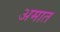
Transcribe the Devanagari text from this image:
अमात